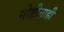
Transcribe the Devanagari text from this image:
गोष्टीनाही